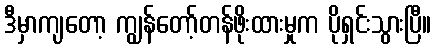
ဒီမှာကျတော့ ကျွန်တော့်တန်ဖိုးထားမှုက ပိုရှင်းသွားပြီ။